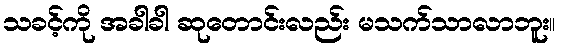
သခင့်ကို အခါခါ ဆုတောင်းလည်း မသက်သာလာဘူး။